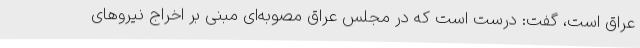
عراق است، گفت: درست است که در مجلس عراق مصوبه‌ای مبنی بر اخراج نیروهای